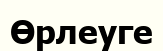
Өрлеуге